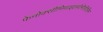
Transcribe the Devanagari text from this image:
फेनोक्सीमिथाइलपेनिसिलिन